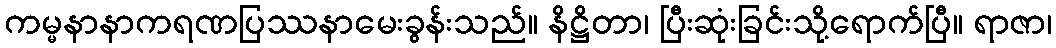
ကမ္မနာနာကရဏပြဿနာမေးခွန်းသည်။ နိဋ္ဌိတာ၊ ပြီးဆုံးခြင်းသို့ရောက်ပြီ။ ရာဇာ၊